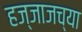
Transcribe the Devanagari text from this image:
हज्जाजच्या